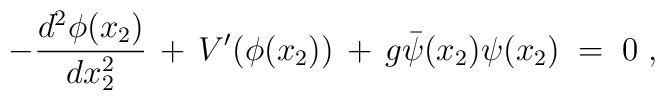
- \frac{d^2\phi(x_2)}{dx_2^2} \,+\, V'(\phi(x_2)) \,+\, g {\bar\psi}(x_2) \psi(x_2) \;=\; 0 \;,